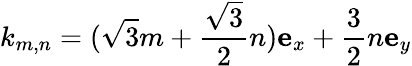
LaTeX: k_{m,n}=(\sqrt{3}m+\frac{\sqrt{3}}{2}n)\mathbf{e}_{x}+\frac{3}{2}n\mathbf{e}_{y}